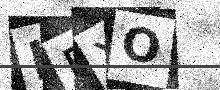
Text: KEXO